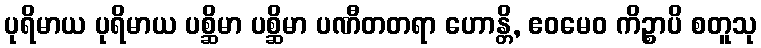
ပုရိမာယ ပုရိမာယ ပစ္ဆိမာ ပစ္ဆိမာ ပဏီတတရာ ဟောန္တိ, ဧဝမေဝ ကိဉ္စာပိ စတူသု